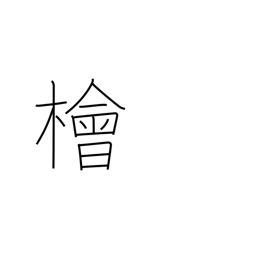
Meaning: Japanese cypress